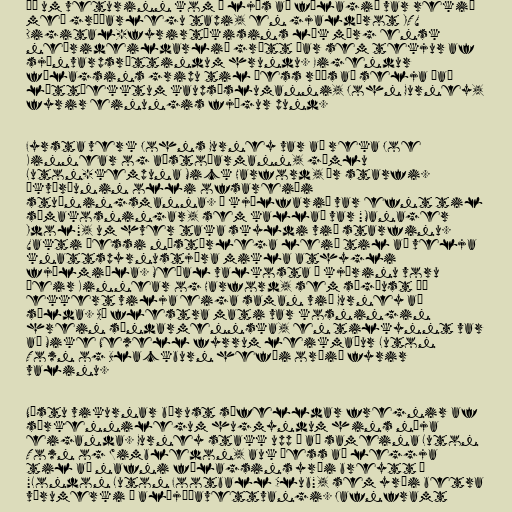
Þá um veturinn kom í ljós að félagið var rekið
með gríðarlegu tapi, en gjaldþrot ITV
Digital-fyrirtækisins lék mörg ensk
neðrideildarlið grátt þar sem tekjur af
sjónvarpsréttindum hrundu. Eigendur
félagsins gripu til þess ráðs að selja það
líttþekktum kaupsýslumanni, John Gurney,
fyrir einungis fjögur pund.

Fyrsta verk Johns Gurney var að reka Joe
Kinnear og aðstoðarmann, gömlu
Luton-kempuna Mick Harford, úr starfi.
Ákvörðunin olli ofsareiði
stuðningsmanna. Í kjölfarið var efnt til
símakosningar, sem kallað var "Manager
Idol", um hver taka skyldi við starfinu.
Vakti þessi nýstárlega leið til að velja
knattspyrnustjóra mikla athygli
fjölmiðla. Meðal valkosta í kjörinu voru
þeir Kinnear og Harford, sem sögðust þó
ekkert vilja eiga saman við Gurney að
sælda. Að flestra mati var kosningin
hrein sýndarmennska, en tilkynnt var
að Mike Newell fyrrum leikmaður Luton
Town og Blackburn hefði orðið fyrir
valinu.

Næstu vikurnar bárust sífelldar fregnir af
sérkennilegum hugmyndum hins nýja
eiganda. Gurney stakk upp á að sameina Luton
Town og Wimbledon, auk þess að leggja
til að nafni félagsins yrði breytt í
"London Luton Football Club", sem yrði betra
vörumerki á alþjóðavettvangi. Jafnframt